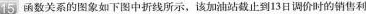
15函数关系的图象如下图中折线所示，该加油站截止到13日调价时的销售利